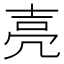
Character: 𡔧